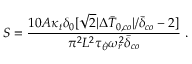
S = \frac { 1 0 A \kappa _ { t } \delta _ { 0 } [ \sqrt { 2 } | \Delta \bar { T } _ { 0 , c o } | / \bar { \delta } _ { c o } - 2 ] } { \pi ^ { 2 } L ^ { 2 } \tau _ { \dot { \theta } } \omega _ { r } ^ { 2 } \bar { \delta } _ { c o } } \ .